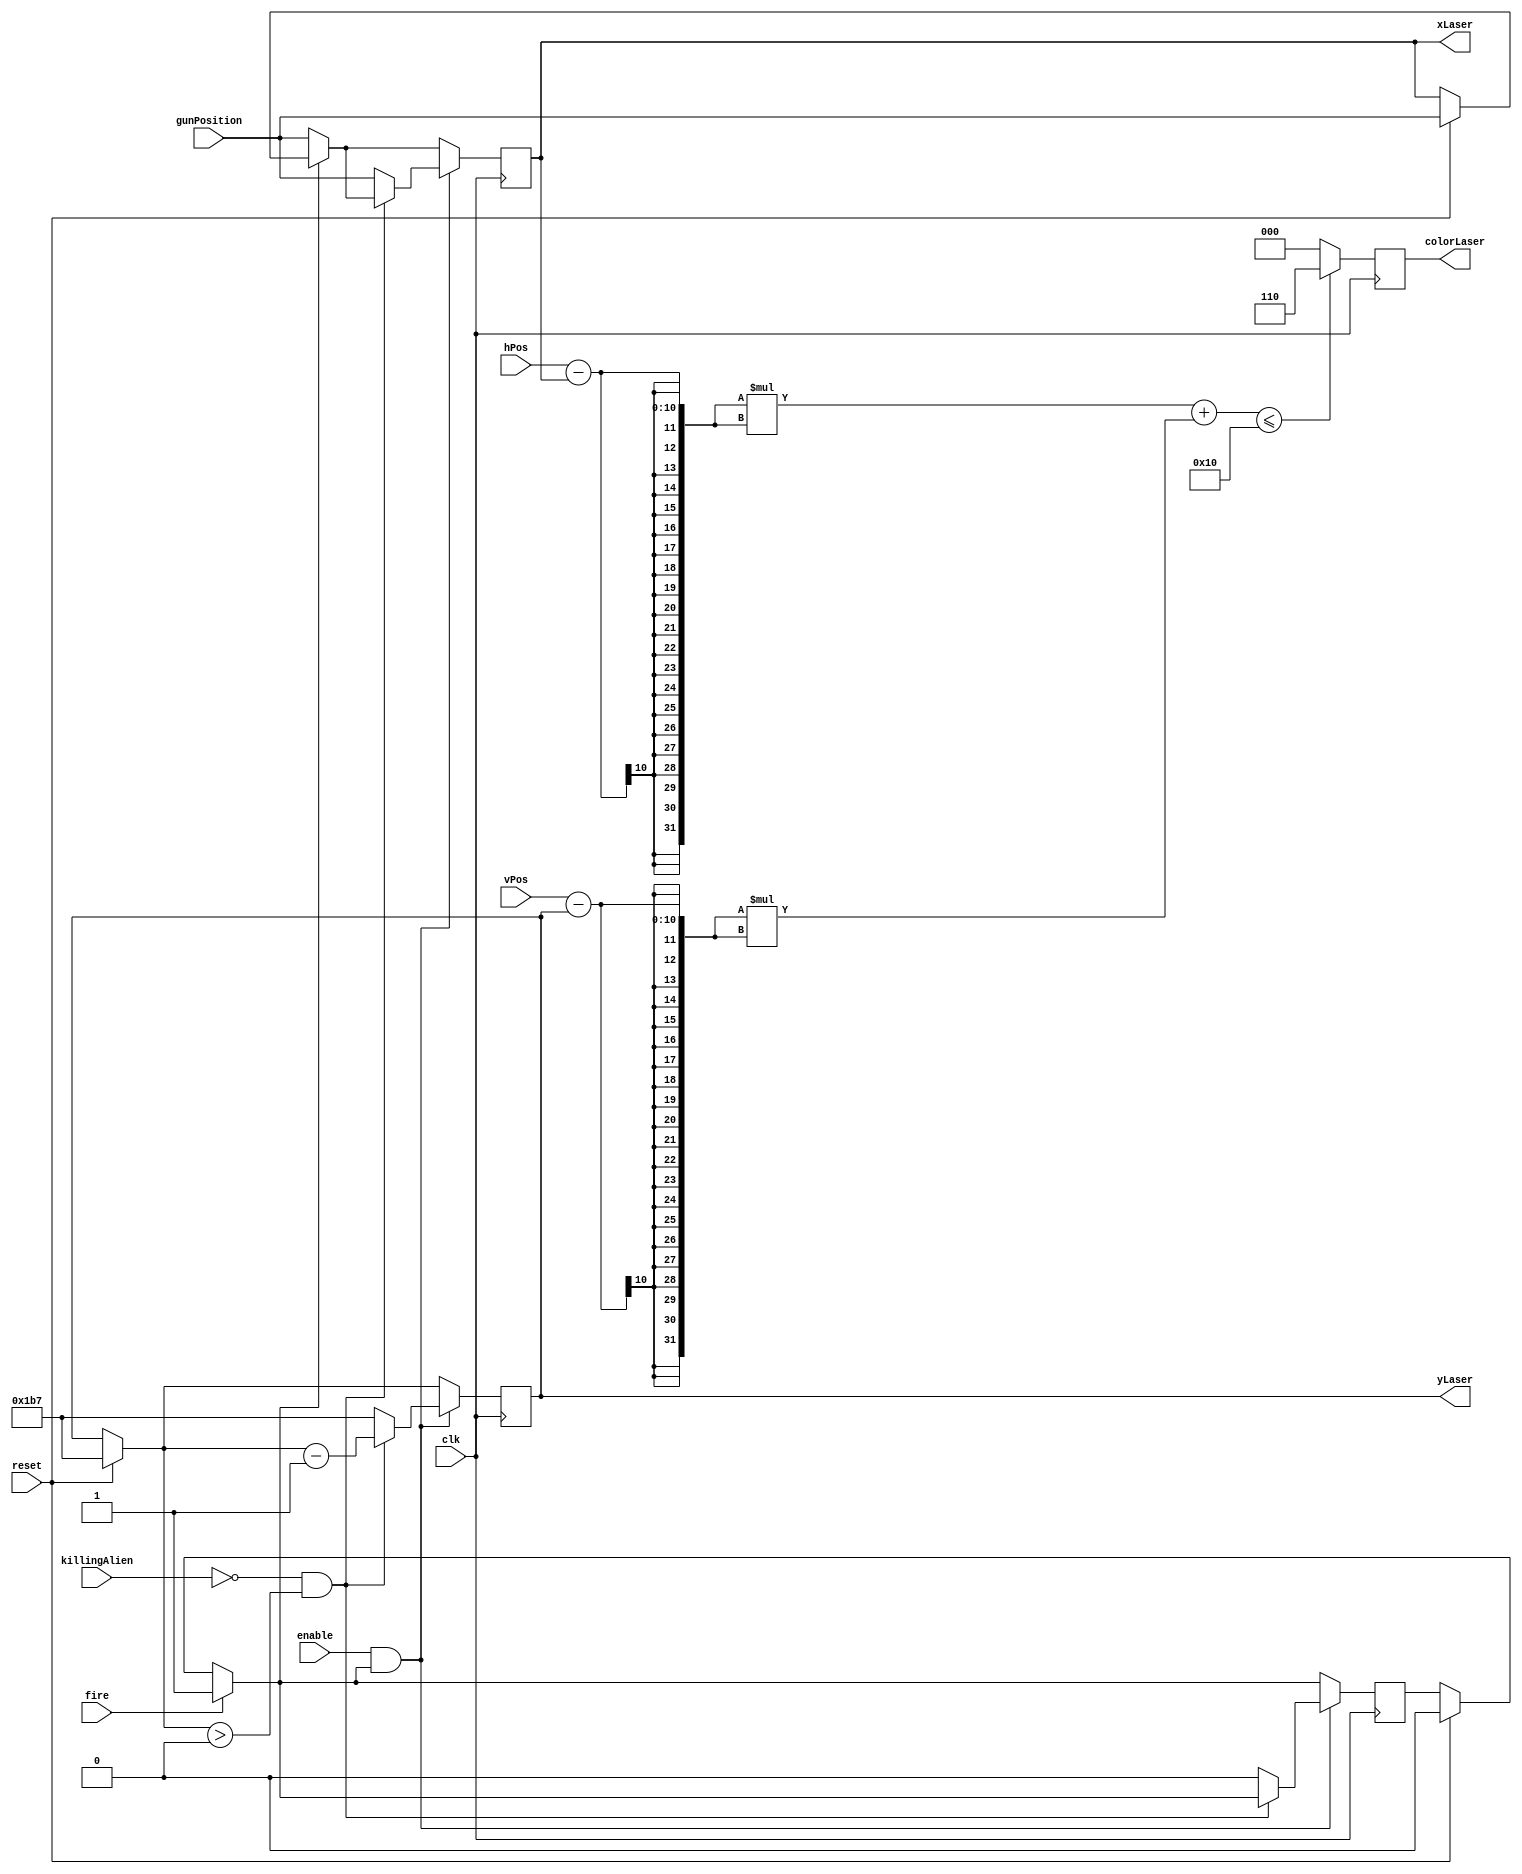
`timescale 1ns / 1ps
//////////////////////////////////////////////////////////////////////////////////
// Company: 
// Engineer: 
// 
// Design Name: 
// Module Name:    Laser 
// Project Name: 
// Target Devices: 
// Tool versions: 
// Description: 
//
// Dependencies: 
//
// Revision: 
// Revision 0.01 - File Created
// Additional Comments: 
//
//////////////////////////////////////////////////////////////////////////////////
module Laser(
    input clk,
    input reset,
    input enable,
    input fire,
    input killingAlien,
    input [9:0] gunPosition,
    input [9:0] hPos,
    input [9:0] vPos,
    output [9:0] xLaser,
    output [9:0] yLaser,
    output [2:0] colorLaser
    );

parameter BACKGROUND = 0; // Background color
parameter LASER = 6; // Laser color

parameter RADIUS = 4; 

parameter SCREEN_WIDTH = 640; 
parameter SCREEN_HEIGHT = 480; 

parameter SHIP_WIDTH = 60; // width of the ship
parameter SHIP_HEIGHT = 30; // height of the ship

parameter V_OFFSET = 10; // number of pixels between bottom of the screen and ship
parameter STEP_MOTION = 1; // number of pixels of vertical laser motion

localparam Y_START=((SCREEN_HEIGHT-1)-(SHIP_HEIGHT + V_OFFSET));
localparam Y_COLOR_REGION= (Y_START/2)/5 ;
//triangle
localparam HAUTEUR = 8;
localparam BASE = 8;


//ellipse
localparam GRAND_AXE = 8;
localparam PETIT_AXE = 2;


reg [9:0] y;
reg [9:0] x;
reg [2:0] colorout;
reg fireFlag; // to indicate if fire button is previously pressed




always @(posedge clk) begin
	if (reset==1) begin 
		fireFlag = 0;
		x=gunPosition;
		y=Y_START;
		end
		
	if (fire==1) fireFlag = 1;
	if (fireFlag == 0)  x=gunPosition;
	
	
	if ( enable == 1 && fireFlag == 1) begin
	
		if(killingAlien == 0 && y > 0 ) begin 
			y=y-STEP_MOTION;
		end	
		else begin
			y=Y_START;
			fireFlag = 0;
			x=gunPosition;
		end
		
	end
end

always @(posedge clk) begin
	// for multiple lazers
	//if ( ((hPos - x)*(hPos - x) + (vPos - y)*(vPos - y)) <= RADIUS*RADIUS  || ((hPos - (x - SHIP_WIDTH/2 ))*(hPos - (x - SHIP_WIDTH/2 )) + (vPos - y)*(vPos - y)) <= RADIUS*RADIUS || ((hPos - (x + SHIP_WIDTH/2 ))*(hPos - (x + SHIP_WIDTH/2 )) + (vPos - y)*(vPos - y)) <= RADIUS*RADIUS)
	
	// for triangle && ((hPos - x)<=0)
	//if ((((hPos - x)>= -BASE/2)  &&   (vPos - y) <= (HAUTEUR ) && (vPos - y) >= (-2*HAUTEUR/BASE)*(hPos - x)) ||  (((hPos - x)<= BASE/2) && ((hPos - x)>=0) &&   (vPos - y) <= (HAUTEUR) && (vPos - y) >= (2*HAUTEUR/BASE)*(hPos - x)))// (y + HAUTEUR)
	
	// for ellipse shape 
	// if (( ((hPos - x)*(hPos - x))/(PETIT_AXE* PETIT_AXE) + ((vPos - y)*(vPos - y))/(GRAND_AXE* GRAND_AXE)) <= y/32)
	  
	// three triangles shapes 
/*	if (((((hPos - x)>= -BASE/2)       &&   (vPos - y) <= ((-2*HAUTEUR/BASE)*(hPos - x) + 2 )  && (vPos - y) >= (-2*HAUTEUR/BASE)*(hPos - x))      ||  (((hPos - x)<= BASE/2)     && ((hPos - x)>=0)     &&   (vPos - y) <= ((2*HAUTEUR/BASE)*(hPos - x) + 2 )  && (vPos - y) >= (2*HAUTEUR/BASE)*(hPos - x))       ||   // (y + HAUTEUR) 
	      (((hPos - x)>= -(2*BASE/2))  &&   (vPos - y) <= ((-2*HAUTEUR/BASE)*(hPos - x) + 10 ) && (vPos - y) >= (-2*(HAUTEUR/BASE)*(hPos - x) + 8)) ||  (((hPos - x)<= (2*BASE/2)) && ((hPos - x)>=0)     &&   (vPos - y) <= ((2*HAUTEUR/BASE)*(hPos - x) + 10 ) && (vPos - y) >= (2*(HAUTEUR/BASE)*(hPos - x) + 8)) || 
	      (((hPos - x)>= -(4*BASE/2))  &&   (vPos - y) <= ((-2*HAUTEUR/BASE)*(hPos - x) + 16 ) && (vPos - y) >= (-2*HAUTEUR/BASE)*(hPos - x) + 14)) ||  (((hPos - x)<= (4*BASE/2)) && ((hPos - x)>=0)     &&   (vPos - y) <= ((2*HAUTEUR/BASE)*(hPos - x) + 16 ) && (vPos - y) >= (2*HAUTEUR/BASE)*(hPos - x) + 14)))
*/
//if ( (  (   ((hPos - x)>= -BASE/2)       &&   ((vPos - y) <= ( 10 )) && ((vPos - y) <= (( -2*HAUTEUR/BASE)*(hPos - x) + 2 ))  && ((vPos - y) >= (-2*HAUTEUR/BASE)*(hPos - x)))      ||  (((hPos - x)<= BASE/2)     && ((hPos - x)>=0)     &&   ((vPos - y) <= ((2*HAUTEUR/BASE)*(hPos - x) + 2 ))  && ((vPos - y) >= (2*HAUTEUR/BASE)*(hPos - x)) ) ) ||
//(   (   ((hPos - x)>= -BASE/2)       &&   ((vPos - y) <= ( 18 )) && ((vPos - y) <= (( -2*HAUTEUR/BASE)*(hPos - x) + 10 ))  && ((vPos - y) >= (-2*HAUTEUR/BASE)*(hPos - x) + 8 ))      ||  (((hPos - x)<= BASE/2)     && ((hPos - x)>=0)     &&   ((vPos - y) <= ((2*HAUTEUR/BASE)*(hPos - x) + 10 ))  && ((vPos - y) >= (2*HAUTEUR/BASE)*(hPos - x) + 8) ) ) )    
	      

	
	// for circle shape 
	if ( ((hPos - x)*(hPos - x) + (vPos - y)*(vPos - y)) <= RADIUS*RADIUS  )
		colorout= LASER;
/*		if( y < Y_START/2 )  colorout= LASER;
		else begin
			if( y <= (Y_START/2 + Y_COLOR_REGION))  colorout= LASER - 1;
			else if( y <= (Y_START/2 + 2*Y_COLOR_REGION) )  colorout= LASER - 2;
			else if( y <= (Y_START/2 + 3*Y_COLOR_REGION) )  colorout= LASER - 3;
			else if( y <= (Y_START/2 + 4*Y_COLOR_REGION) )  colorout= LASER - 4;
			else if( y <= (Y_START/2 + 5*Y_COLOR_REGION) )  colorout= LASER - 5;
	*/
	else 
		colorout= BACKGROUND;
		
end

assign colorLaser = colorout;
assign xLaser = x;

assign yLaser = y;



endmodule